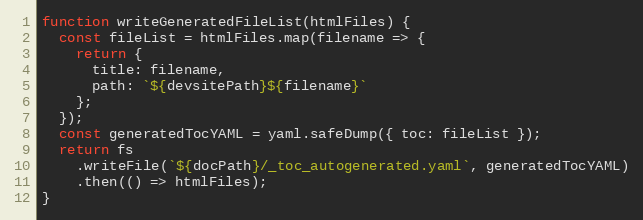
Language: JavaScript
function writeGeneratedFileList(htmlFiles) {
  const fileList = htmlFiles.map(filename => {
    return {
      title: filename,
      path: `${devsitePath}${filename}`
    };
  });
  const generatedTocYAML = yaml.safeDump({ toc: fileList });
  return fs
    .writeFile(`${docPath}/_toc_autogenerated.yaml`, generatedTocYAML)
    .then(() => htmlFiles);
}